Report on sanitation, dispensaries, and jails in Rajputana for 1914, and on vaccination for the year 1914-1915 - 1914-1915
Year: 1914
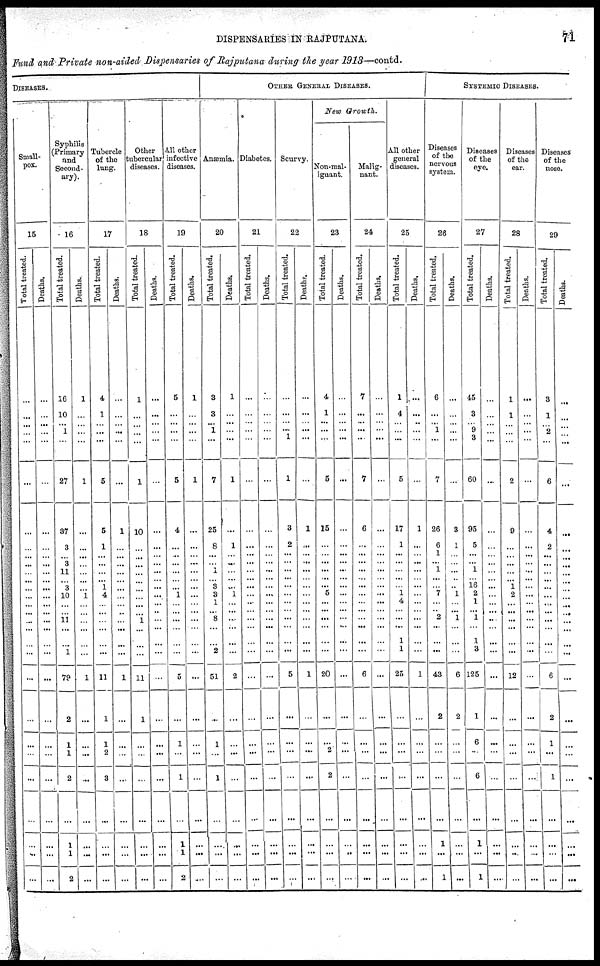
DISPENSARIES IN RAJPUTANA.
71
Fund and Private non-aided Dispensaries of Rajputana during the year 1913—contd.
DISEASES.
Small-
pox.
15
Total treated.
...
...
...
...
...
...
...
...
...
...
...
...
...
...
...
...
...
...
...
...
...
...
...
...
...
...
...
...
...
...
Deaths.
...
...
...
...
...
...
...
...
...
...
...
...
...
...
...
...
...
...
...
...
...
...
...
...
...
...
...
...
...
...
Syphilis
(Primary
and
Second-
ary).
16
Total treated.
16
10
...
1
...
27
37
3
...
3
11
...
3
10
...
...
11
...
...
1
79
2
1
1
2
...
...
1
1
2
Deaths.
1
...
...
...
...
1
...
...
...
...
...
...
...
1
...
...
...
...
...
...
1
...
...
...
...
...
...
...
...
...
Tubercle
of the
lung.
17
Total treated.
4
1
...
...
...
5
5
1
...
...
...
...
1
4
...
...
...
...
...
...
11
1
1
2
3
...
...
...
...
...
Deaths.
...
...
...
...
...
...
1
...
...
...
...
...
...
...
...
...
...
...
...
...
1
...
...
...
...
...
...
...
...
...
Other
tubercular
diseases.
18
Total treated.
1
...
...
...
...
1
10
...
...
...
...
...
...
...
...
...
1
...
...
...
11
1
...
...
...
...
...
...
...
...
Deaths.
...
...
...
...
...
...
...
...
...
...
...
...
...
...
...
..
...
...
...
...
...
...
...
...
...
...
...
...
...
...
All other
infective
diseases.
19
Total treated.
5
...
...
...
...
5
4
...
...
...
...
...
...
1
...
...
...
...
...
...
5
...
1
...
1
...
... 1
1
2
Deaths.
1
...
...
...
...
1
...
...
...
...
...
...
...
...
...
...
...
...
...
...
...
...
...
...
...
...
...
...
...
...
OTHER GENERAL DISEASES.
Anæmia.
20
Total treated.
3
3
...
1
...
7
25
8
...
...
1
...
3
3
1
... 8
...
...
2
51
...
1
...
1
...
...
...
...
...
Deaths.
1
...
...
...
...
1
...
1
...
...
...
...
...
1
...
...
...
...
...
...
2
...
...
...
...
...
...
...
...
...
Diabetes.
21
Total treated.
...
...
...
...
...
...
...
...
...
...
...
...
...
...
...
...
...
...
...
...
...
...
...
...
...
...
...
...
...
...
Deat hs .
...
...
...
...
...
...
...
...
...
...
...
...
...
...
...
...
...
...
...
...
...
...
...
...
...
...
...
...
...
...
Scurvy.
22
Tot al treated.
...
...
...
...
1
1
3
2
...
...
...
...
...
...
...
...
...
...
...
...
5
...
...
...
...
...
...
...
...
...
Deaths.
...
...
...
...
...
...
1
...
...
...
...
...
...
...
...
...
...
...
...
...
1
...
...
...
...
...
...
...
...
...
New Growth.
Non-mal¬
ignant.
23
Total treated.
4
1
...
...
...
5
15
...
...
...
...
...
...
5
...
...
...
...
...
...
20
...
...
2
2
...
...
...
...
...
Deaths.
...
...
...
...
...
...
...
...
...
...
...
...
...
...
...
...
...
...
...
...
...
...
...
...
...
...
...
...
...
...
Malig-
nant.
24
Total treated.
7
...
...
...
...
7
6
...
...
...
...
...
...
...
...
...
...
...
...
...
6
...
...
...
...
...
...
...
...
...
Deaths.
...
...
...
...
...
...
...
...
...
...
...
...
...
...
...
...
...
...
...
...
...
...
...
...
...
...
...
...
...
...
All other
general
diseases.
25
Total treated.
1
4
...
...
...
5
17
1
...
...
...
...
...
1
4
...
...
...
1
1
25
...
...
...
...
...
...
...
...
...
Deaths.
...
...
...
...
...
...
1
...
...
...
...
...
...
...
...
...
...
...
...
...
1
...
...
...
...
...
...
...
...
...
SYSTEMIC DISEASES.
Diseases
of the
nervous
system.
26
Total treated.
6
...
...
1
...
7
26
6
1
...
1
...
...
7
...
...
2
...
...
...
43
2
...
...
...
...
...
1
...
1
Deaths.
...
...
...
...
...
...
3
1
...
...
...
...
...
1
...
...
1
...
...
...
6
2
...
...
...
...
...
...
...
...
Disease
of the
eye.
27
Total treated.
45
3
...
9
3
60
95
5
...
...
1
...
16
2
1
... 1
...
1
3
125
1
6
...
6
...
...
1
...
1
Deaths.
...
...
...
...
...
...
...
...
...
...
...
...
...
...
...
...
...
...
...
...
...
...
...
...
...
...
...
...
...
...
Disease
of the
ear.
28
Total treated.
1
1
...
...
...
2
9
...
...
...
...
...
1
2
...
...
...
...
...
...
12
...
...
...
...
...
...
...
...
...
Deat hs .
...
...
...
...
...
...
...
...
...
...
...
...
...
...
...
...
...
...
...
...
...
...
...
...
...
...
...
...
...
...
Diseases
of the
nose.
29
Tot al t r eat ed.
3
1
...
2
...
6
4
2
...
...
...
...
...
...
...
...
...
...
...
...
6
2
1
...
1
...
...
...
...
...
Deaths.
...
...
...
...
...
...
...
...
...
...
...
...
...
...
...
...
...
...
...
...
...
...
...
...
...
...
...
...
...
...